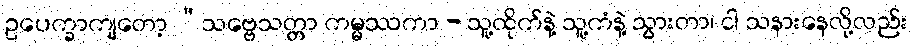
ဥပေက္ခာကျတော့ “သဗ္ဗေသတ္တာ ကမ္မဿကာ - သူ့ထိုက်နဲ့ သူ့ကံနဲ့ သွားတာ၊ ငါ သနားနေလို့လည်း